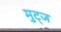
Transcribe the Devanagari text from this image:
मुट्‌ज